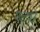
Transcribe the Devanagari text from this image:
श्ट्ये